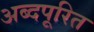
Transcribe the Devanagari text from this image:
अब्दपूरित